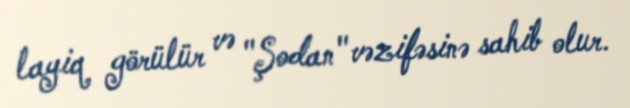
layiq görülür və "Şodan" vəzifəsinə sahib olur.